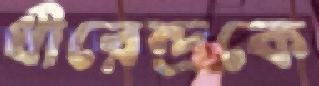
ধীরেন্দ্রকে